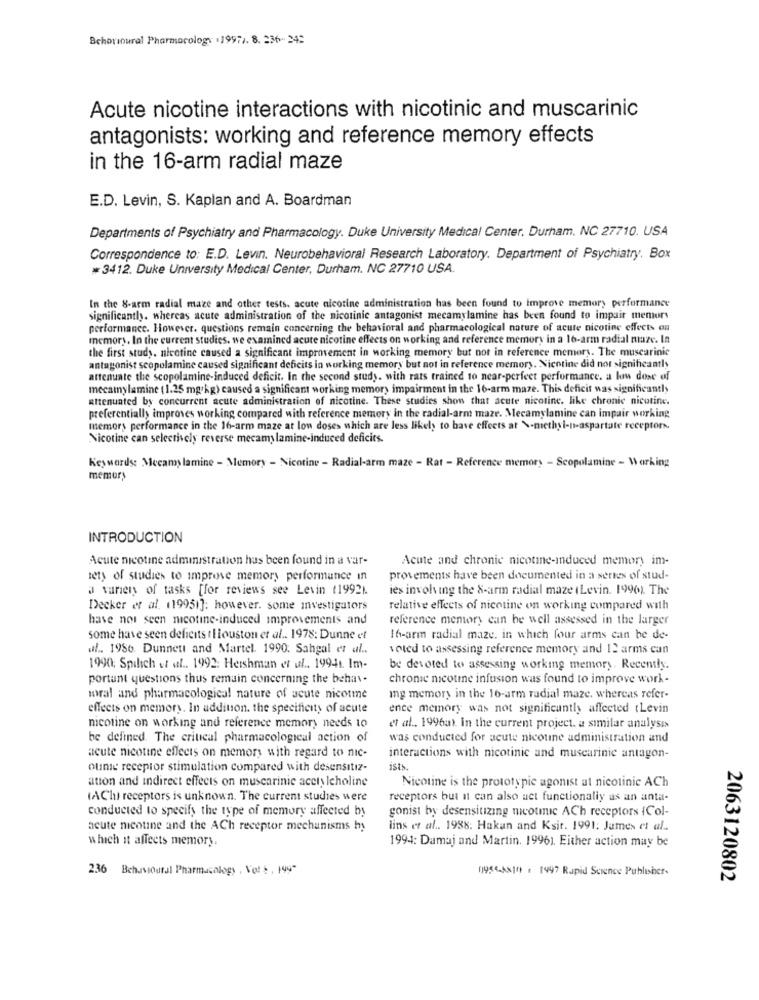
Schorioural Pharmacology (1997). 8. 236- 242
Acute nicotine interactions with nicotinic and muscarinic
antagonists: working and reference memory effects
in the 16-arm radial maze
E.D. Levin, S. Kaplan and A. Boardman
Departments of Psychiatry and Pharmacology. Duke University Medical Center. Durham, NC 27710. USA
Correspondence to: E.D. Levin. Neurobehavioral Research Laboratory. Department of Psychiatry. Box
*3412. Duke University Medical Center, Durham. NC 27710 USA.
In the 8-arm radial maze and other tests, acute nicotine administration has been found to improve memory performance
significantly. whereas acute administration of the nicotinic antagonist mecamylamine has been found to impair mentors
performance. However. questions remain concerning the behavioral and pharmacological nature of acute nicotine effects on
memory, In the current studies. we examined acute nicotine effects on working and reference memory in a 16-arm radial maze. In
the first study. nicotine caused a significant improvement in working memory but not in reference memory. The muscarinic
antagonist scopolamine caused significant deficits in working memory but not in reference memory. Nicotine did not significantly
attenuate the scopolamine-induced deficit. In the second study. with rats trained to near-perfeet performance. a low dose of
mecamylamine ( 1.25 mg/kg) caused a significant working memory impairment in the 16-arm maze. This deficit was significantly
attenuated by concurrent acute administration of nicotine. These studies show that acute nicotine. like chronic nicotine.
preferentially improves working compared with reference memory in the radial-arm maze. Mecamylamine can impair working
memory performance in the 16-arm maze at low doses which are less likely to have effects at \-methyl-n-aspartate receptors.
Nicotine can selectively reverse mecamylamine-induced deficits.
Keywords: Mecany lamine - Memory - Nicotine - Radial-arm maze - Rat - Reference memory - Scopolamine - Working
memory
INTRODUCTION
Acute nicotine administration has been found in a var-
Acute and chronic nicotine-induced memory im-
sety of studies to improve memory performance in
provements have been documented in a series of stud-
a vanien of tasks [for reviews see Levin (1992).
ies involving the 8-arm radial maze ( Levin. 1996). The
Decker et al. (19951]: however. some Investigators
relative effects of nicotine on working compared with
have not seen nicotine-induced improvements and
reference memory can be well assessed in the larger
some have seen deficits tHouston et al .. 1978: Dunne et
16-arm radial maze. in which four arms can be de-
ul .. 1986. Dunnett and Martel. 1990. Sahgal et al ..
voted to assessing reference memory and 12 arms can
1990; Spilich et al .. 1992: Hershman et ul .. 19941. Im-
be devoted to assessing working memory. Recently.
portant questions thus remain concerning the behav.
chronic nicotine infusion was found to improve work-
moral and pharmacological nature of acute nicotme
Ing memory in the 16-arm radial maze, whereas refer-
effects on memory. In addition, the specificity of acute
ence memory was not significantly affected tLevin
nicotine on working and reference memory needs to
et al ., 1996a). in the current project. a similar analysis
be defined. The critical pharmacological action of
was conducted for acute nicotine administration and
acute nicotine effects on memory with regard to nic-
interactions with nicotinic and muscarinic antagon-
ouine receptor stimulation compared with desensitız-
ists.
ation and indirect effects on muscarinie acetylcholine
Nicotine is the prototypie agonist at nicotinic ACh
(AChi receptors is unknown. The current studies were
receptors but it can also act functionaliy as an anta-
conducted to specify the type of memory affected by
gonist by desensitizing micotmic ACh receptors (Col-
acute nicotine and the ACh receptor mechanisms hy
lins et al .. 1988: Hakan and Ksit. 1991: James et al ..
which it affects memory.
1994: Damaj and Martin. 19961. Either action may be
236 Behavioural Pharmacology , Vol 2. 199
1954-4x109 . 1997 Rapid Science Publisher-
2063120802